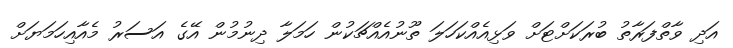
އަދި ވާތްފަރާތު ބުރަކަށްޓަށް ވަޅިއެއްކަހަލަ ތޫނުއެއްޗަކުން ހަމަލާ ދިނުމުން އޭގެ އަސަރު މެއާއިހަމަޔަށް